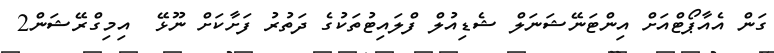
ގަން އެއާޕޯޓްއަށް އިންޓަނޭޝަނަލް ޝެޑިއުލް ފްލައިޓުތަކުގެ ދަތުރު ފަށާކަށް ނޫޅޭ  އިމިގްރޭޝަން2